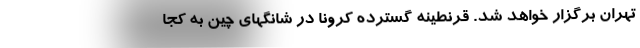
تهران برگزار خواهد شد. قرنطینه‌ گسترده کرونا در شانگهای چین به کجا